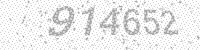
Solution: 914652